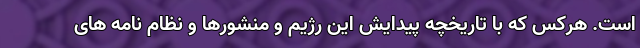
است. هرکس که با تاریخچه پیدایش این رژیم و منشورها و نظام نامه های